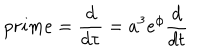
p r i m e = \frac { d } { d \tau } = a ^ { 3 } e ^ { \phi } \frac { d } { d t }